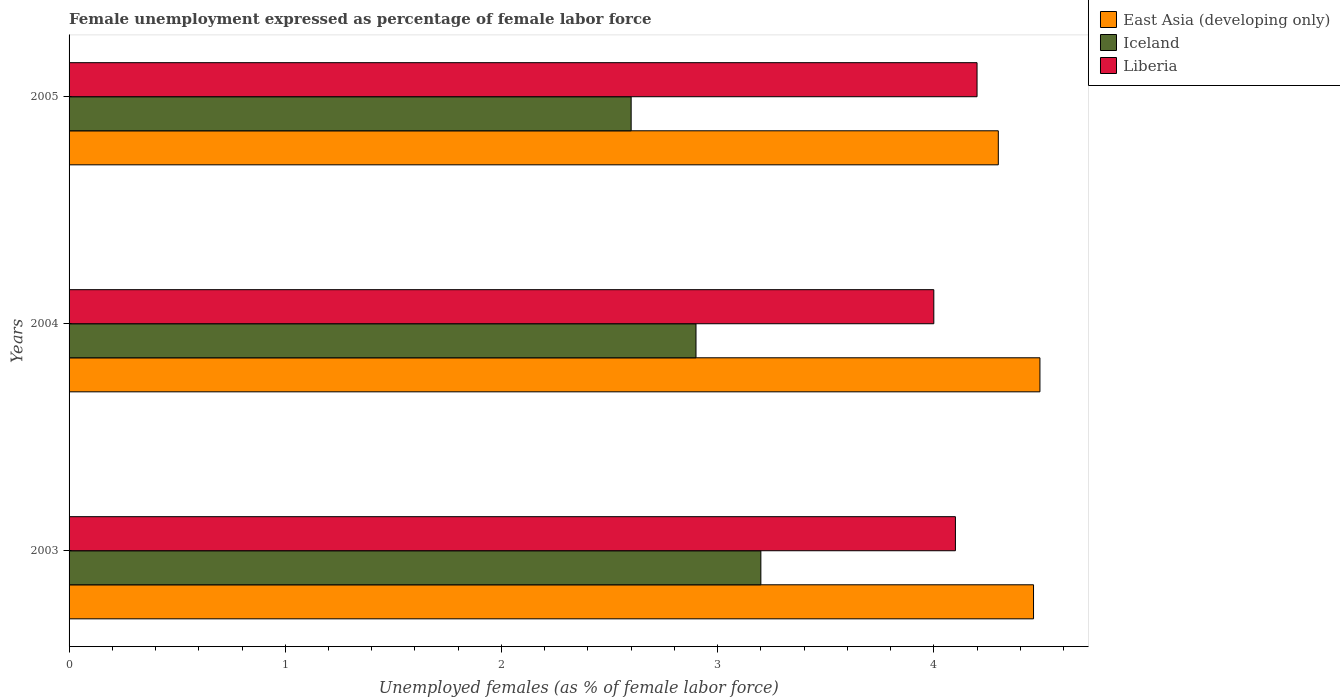
| Years | East Asia (developing only) | Iceland | Liberia |
 | --- | --- | --- | --- |
 | 2003 | 4.46 | 3.2 | 4.1 |
 | 2004 | 4.49 | 2.9 | 4 |
 | 2005 | 4.3 | 2.6 | 4.2 |